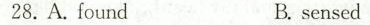
28.A.foundB. sensed